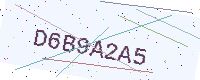
Text: D6B9A2A5